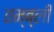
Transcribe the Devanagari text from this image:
तम्ब्ली